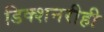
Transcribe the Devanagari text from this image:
डिक्शनरीही